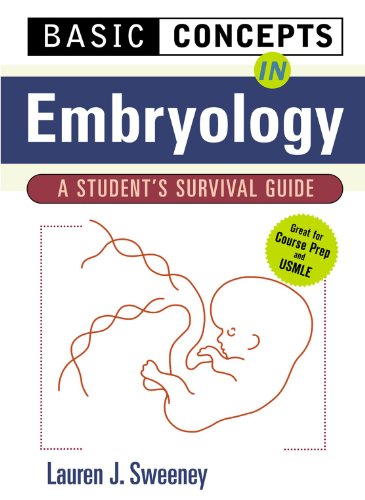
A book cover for Basic Concepts in Embryology: A Student's Survival Guide; Lauren Sweeney; Medical Books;